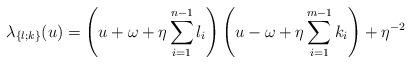
LaTeX: \begin{align*} \lambda_{\{l;k\}}(u) =\left(u+\omega+\eta\sum_{i=1}^{n-1}l_i\right)\left(u-\omega+\eta\sum_{i=1}^{m-1}k_i\right)+\eta^{-2}\end{align*}